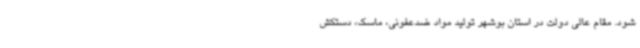
شود. مقام عالی دولت در استان بوشهر تولید مواد ضدعفونی، ماسک، دستکش